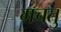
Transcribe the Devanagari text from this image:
मचतु